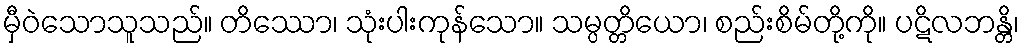
မှီဝဲသောသူသည်။ တိဿော၊ သုံးပါးကုန်သော။ သမ္ပတ္တိယော၊ စည်းစိမ်တို့ကို။ ပဋိလဘန္တိ၊